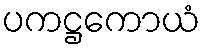
ပကဋ္ဌကောယံ